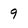
Character: 9